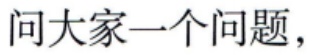
问大家一个问题，